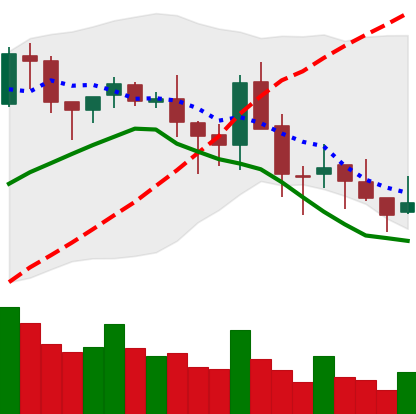
Ticker: BNB-USD
Chart end date: 2018-05-17
Forward return: 11.717%
Label: up_7plus